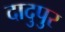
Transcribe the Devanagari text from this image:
दादुपुर